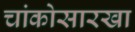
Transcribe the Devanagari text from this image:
चांकोसारखा